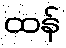
ထန်